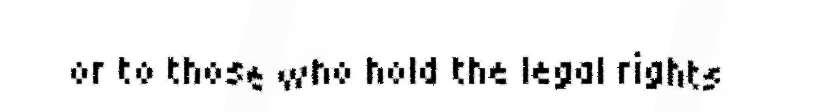
or to those who hold the legal rights